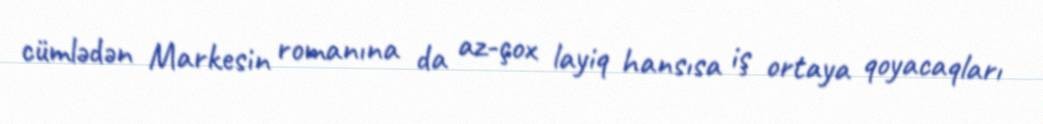
cümlədən Markesin romanına da az-çox layiq hansısa iş ortaya qoyacaqları